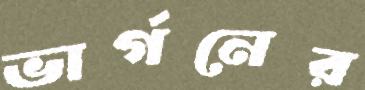
ভার্গনের